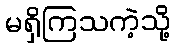
မရှိကြသကဲ့သို့